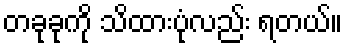
တခုခုကို သိထားပုံလည်း ရတယ်။